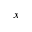
x